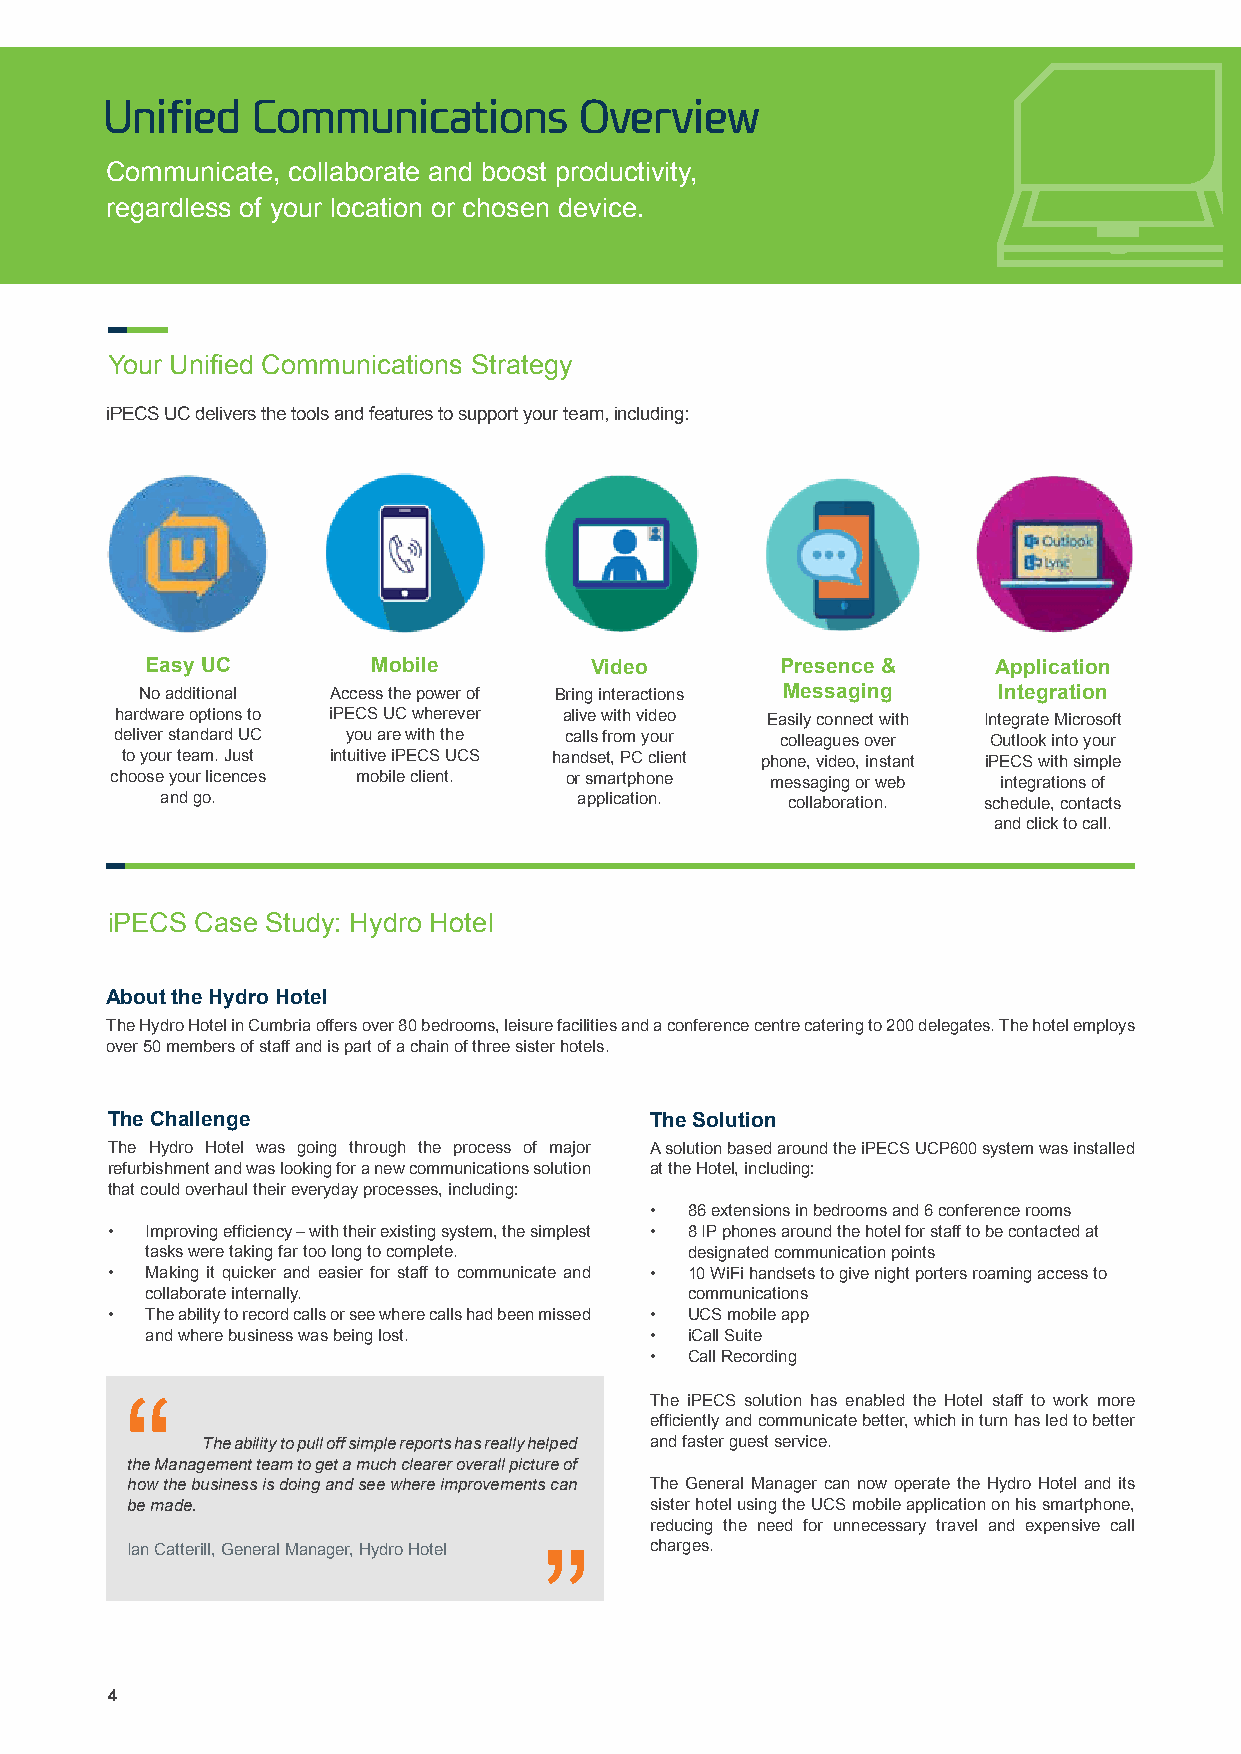
Unified   Communications       Overview
 Communicate, collaborate and boost productivity,
 regardless of your location or chosen device.
 Your Unified Communications Strategy
 iPECS UC delivers the tools and features to support your team, including:
 Easy UC        Mobile        Video        Presence &    Application
 No additional Access the power of Bring interactions Messaging Integration
 hardware options to iPECS UC wherever alive with video Easily connect with Integrate Microsoft
 deliver standard UC you are with the calls from your colleagues over Outlook into your
 to your team. Just intuitive iPECS UCS handset, PC client phone, video, instant iPECS with simple
 choose your licences mobile client. or smartphone messaging or web integrations of
 and go.                    application.  collaboration. schedule, contacts
 and click to call.
 iPECS Case Study: Hydro Hotel
 About the Hydro Hotel
 The Hydro Hotel in Cumbria offers over 80 bedrooms, leisure facilities and a conference centre catering to 200 delegates. The hotel employs
 over 50 members of staff and is part of a chain of three sister hotels.
 The Challenge                       The Solution
 The Hydro Hotel was going through the process of major A solution based around the iPECS UCP600 system was installed
 refurbishment and was looking for a new communications solution at the Hotel, including:
 that could overhaul their everyday processes, including:
 • 86 extensions in bedrooms and 6 conference rooms
 •  Improving efficiency – with their existing system, the simplest • 8 IP phones around the hotel for staff to be contacted at
 tasks were taking far too long to complete. designated communication points
 •  Making it quicker and easier for staff to communicate and • 10 WiFi handsets to give night porters roaming access to
 collaborate internally.            communications
 •  The ability to record calls or see where calls had been missed • UCS mobile app
 and where business was being lost. • iCall Suite
 • Call Recording
 The iPECS solution has enabled the Hotel staff to work more
 “
 efficiently and communicate better, which in turn has led to better
 The ability to pull off simple reports has really helped and faster guest service.
 the Management team to get a much clearer overall picture of
 how the business is doing and see where improvements can The General Manager can now operate the Hydro Hotel and its
 be made.                           sister hotel using the UCS mobile application on his smartphone,
 reducing the need for unnecessary travel and expensive call
 Ian Catterill, General Manager, Hydro Hotel charges.
 ”
 4